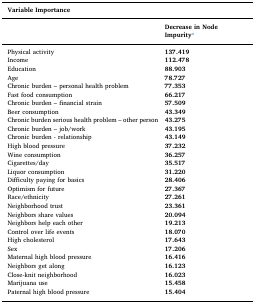
| <COLSPAN=2> Variable Importance |
 |  | Decrease in Node Impuritya |
 | --- | --- |
 | Physical activity | 137.419 |
 | Income | 112.478 |
 | Education | 88.903 |
 | Age | 78.727 |
 | Chronic burden – personal health problem | 77.353 |
 | Fast food consumption | 66.217 |
 | Chronic burden – financial strain | 57.509 |
 | Beer consumption | 43.349 |
 | Chronic burden serious health problem – other person | 43.275 |
 | Chronic burden – job/work | 43.195 |
 | Chronic burden - relationship | 43.149 |
 | High blood pressure | 37.232 |
 | Wine consumption | 36.257 |
 | Cigarettes/day | 35.517 |
 | Liquor consumption | 31.220 |
 | Difficulty paying for basics | 28.406 |
 | Optimism for future | 27.367 |
 | Race/ethnicity | 27.261 |
 | Neighborhood trust | 23.361 |
 | Neighbors share values | 20.094 |
 | Neighbors help each other | 19.213 |
 | Control over life events | 18.070 |
 | High cholesterol | 17.643 |
 | Sex | 17.206 |
 | Maternal high blood pressure | 16.416 |
 | Neighbors get along | 16.123 |
 | Close-knit neighborhood | 16.023 |
 | Marijuana use | 15.458 |
 | Paternal high blood pressure | 15.404 |